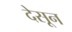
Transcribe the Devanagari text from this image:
देसून